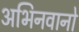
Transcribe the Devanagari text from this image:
अभिनवानो